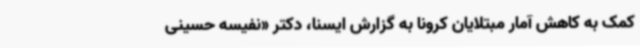
کمک به کاهش آمار مبتلایان کرونا به گزارش ایسنا، دکتر «نفیسه حسینی